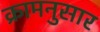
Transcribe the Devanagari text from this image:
क्रामनुसार